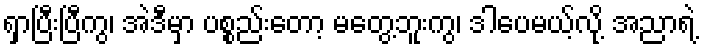
ရှာပြီးပြီကွ၊ အဲဒီမှာ ပစ္စည်းတော့ မတွေ့ဘူးကွ၊ ဒါပေမယ့်လို့ အညာရဲ့